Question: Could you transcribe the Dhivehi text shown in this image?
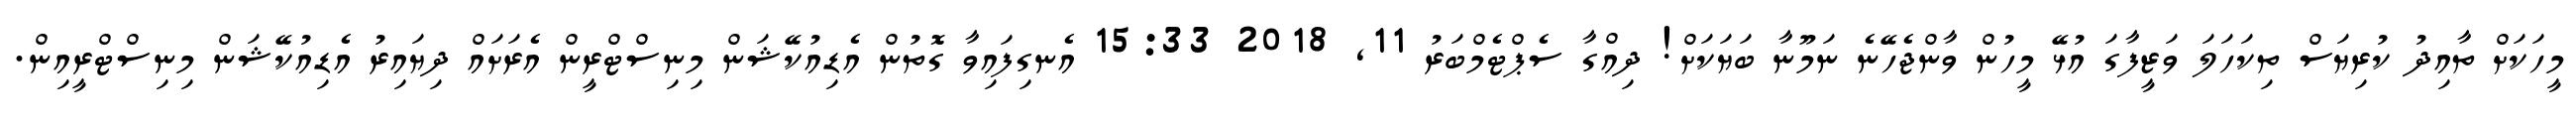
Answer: މީހަކަށް ތާއިދު ކުރިޔަސް ތިކަހަލަ ވަޒީފާގަ އުޅޭ މީހުން ވާންޖެހޭނެ ނަމޫނާ ބަޔަކަށް! ދިއްގާ ސެޕްޓެމްބަރު 11, 2018 15:33 އެނގިފައިވާ ގޮތުން އެޑިއުކޭޝަން މިނިސްޓްރީން އެރަށައް ދިޔައިރު އެޑިއުކޭޝަން މިނިސްޓްރީއިން.